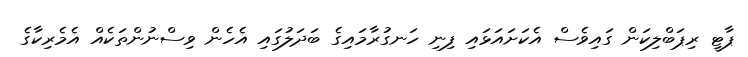
ޕާޓީ ރިޕަބްލިކަން ގައިވެސް އެކަށައަޅައި ފިނި ހަނގުރާމައިގެ ބަދަލުގައި އެހެން ވިސްނުންތަކެއް އެމެރިކާގެ